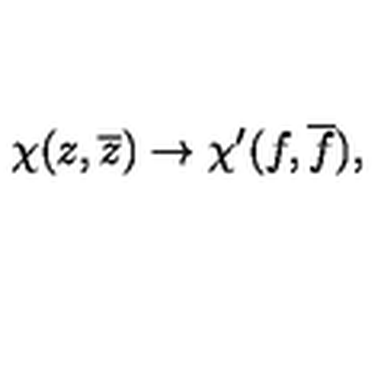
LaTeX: { \chi } ( z , \overline { { z } } ) \rightarrow { \chi } ^ { \prime } ( f , \overline { { f } } ) , \quad